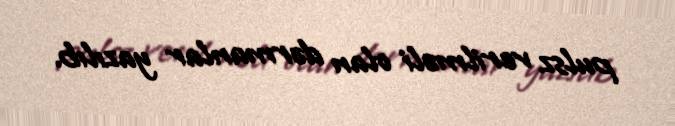
pulsz verilməli olan dərmanlar yazılıb.